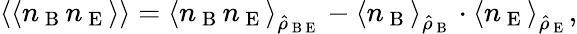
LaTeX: \left\langle\langle n_{\mathrm{~B~}}n_{\mathrm{~E~}}\right\rangle\rangle=\left\langle{n}_{\mathrm{~B~}}{n}_{\mathrm{~E~}}\right\rangle_{\hat{\rho}_{\mathrm{~B~E~}}}-\left\langle{n}_{\mathrm{~B~}}\right\rangle_{\hat{\rho}_{\mathrm{~B~}}}\cdot\left\langle{n}_{\mathrm{~E~}}\right\rangle_{\hat{\rho}_{\mathrm{~E~}}},